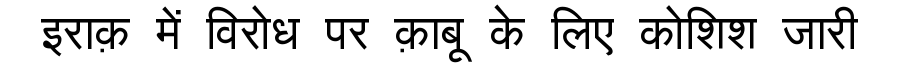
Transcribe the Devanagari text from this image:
इराक़ में विरोध पर क़ाबू के लिए कोशिश जारी